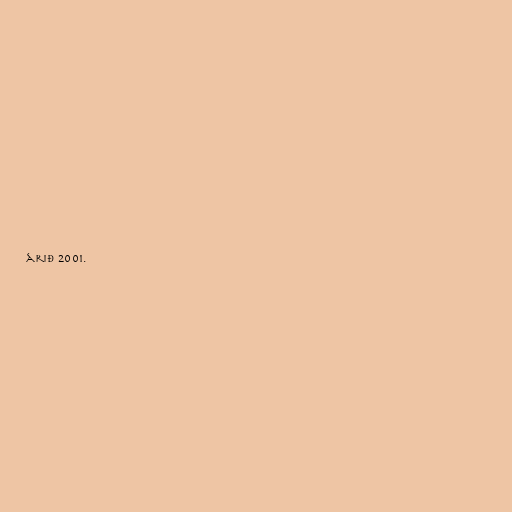
árið 2001.